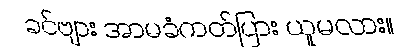
ခင်ဗျား အာမခံကတ်ပြား ယူမလား။